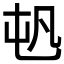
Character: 𡴉